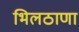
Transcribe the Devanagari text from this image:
भिलठाणा